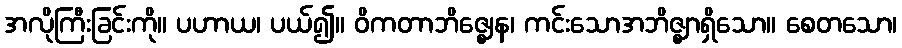
အလိုကြီးခြင်းကို။ ပဟာယ၊ ပယ်၍။ ဝိကတာဘိဇ္ဈေန၊ ကင်းသောအဘိဇ္ဈာရှိသော။ စေတသော၊